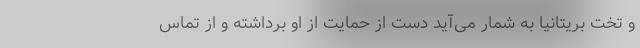
و تخت بریتانیا به شمار می‌آید دست از حمایت از او برداشته و از تماس